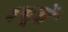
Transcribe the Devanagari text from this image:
बगाूतों